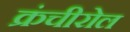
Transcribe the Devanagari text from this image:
क्रंचीरोल